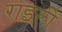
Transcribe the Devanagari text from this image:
राइली